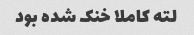
لته کاملا خنک شده بود